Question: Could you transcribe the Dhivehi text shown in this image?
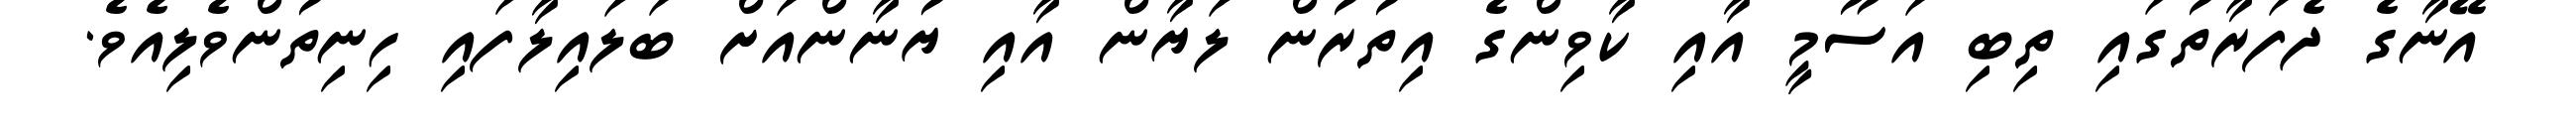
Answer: އޭނާގެ ދެފަރާތުގައި ތިބި އަސޫމީ އާއި ކާވިންގެ އިތުރުން ލަޔާން އާއި ޔުނާންއަށް ބަލައިލާފައި ހިނިތުންވެލިއެވެ.